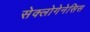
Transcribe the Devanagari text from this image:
सेक्लोगेनेसिस